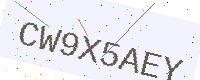
Text: CW9X5AEY